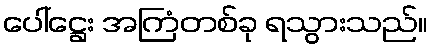
ပေါ်ဋ္ဌေး အကြံတစ်ခု ရသွားသည်။